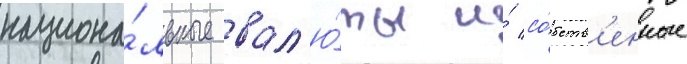
национа́льные вал'ю́ты и́ со́бств'енные